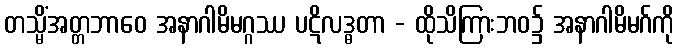
တသ္မိံအတ္တဘာဝေ အနာဂါမိမဂ္ဂဿ ပဋိလဒ္ဓတာ - ထိုသိကြားဘဝ၌ အနာဂါမိမဂ်ကို